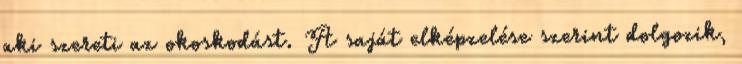
aki szereti az okoskodást. A saját elképzelése szerint dolgozik,